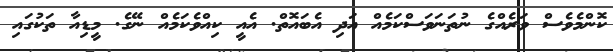
ކޮންމެވެސް ވަރެއްގެ ނުތަނަވަސްކަމެއް އަދި އެބައޮތް. އެއީ ކިއްވެކަމެއް ނޭގެ. މީޑިއާ ތަކުގައި